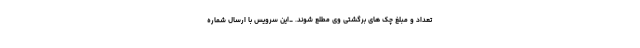
تعداد و مبلغ چک های برگشتی وی مطلع شوند. _این سرویس با ارسال شماره